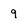
Character: 9